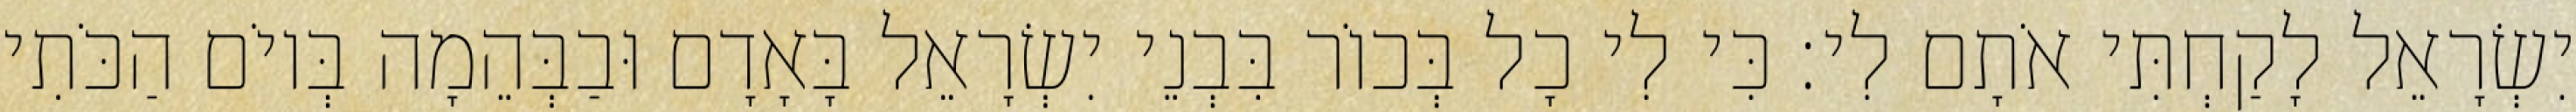
יִשְׂרָאֵל לָקַחְתִּי אֹתָם לִי׃ כִּי לִי כָל בְּכוֹר בִּבְנֵי יִשְׂרָאֵל בָּאָדָם וּבַבְּהֵמָה בְּיוֹם הַכֹּתִי